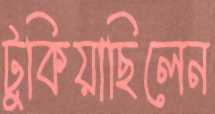
টুকিয়াছিলেন